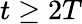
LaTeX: t\ge 2T